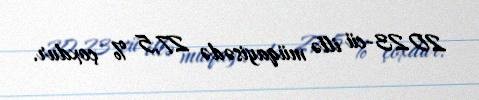
2023-cü illə müqayisədə 27,5 % çoxdur.